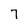
Character: 7